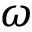
\omega